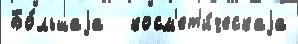
Бо́льшаjа   косм'ет'и́ческаjа